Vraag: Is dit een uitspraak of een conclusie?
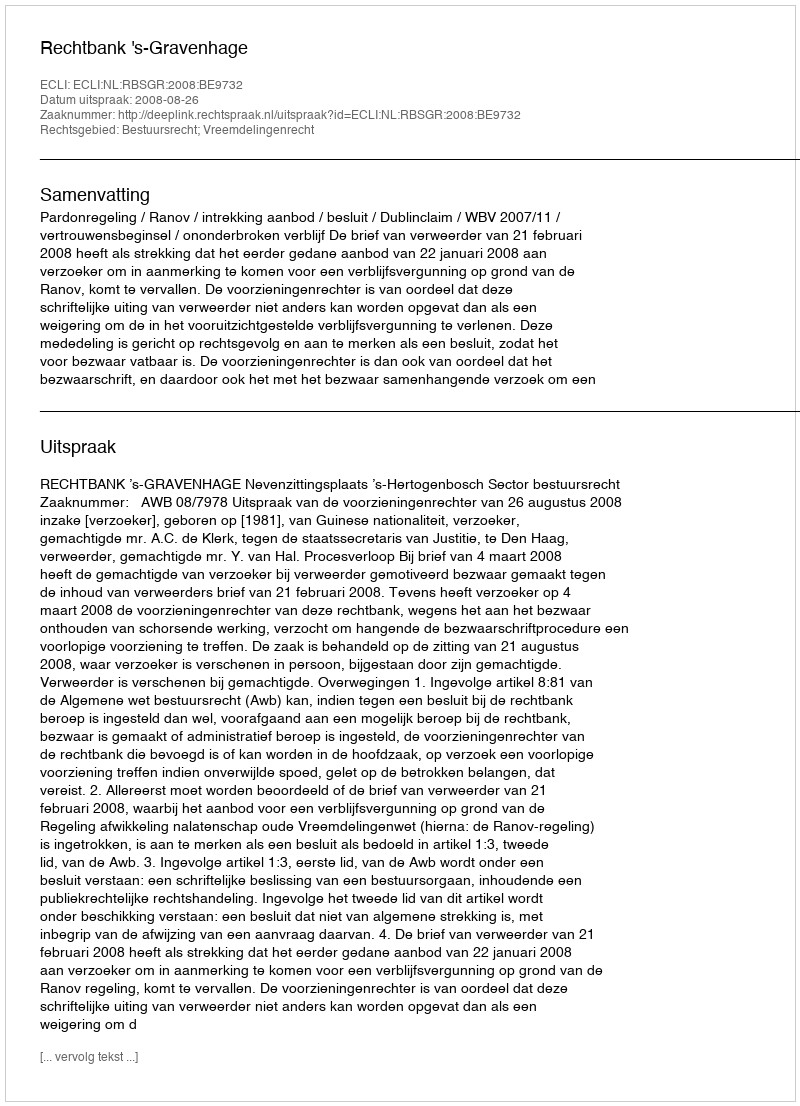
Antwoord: Uitspraak